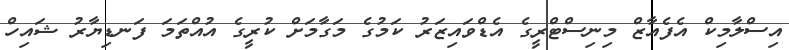
އިސްލާމިކް އެފެއާޒް މިނިސްޓްރީގެ އެޑްވައިޒަރު ކަމުގެ މަގާމަށް ކުރީގެ އުއްތަމަ ފަނޑިޔާރު ޝައިހް